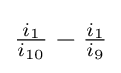
{\tfrac {i_{1}}{i_{10}}}-{\tfrac {i_{1}}{i_{9}}}